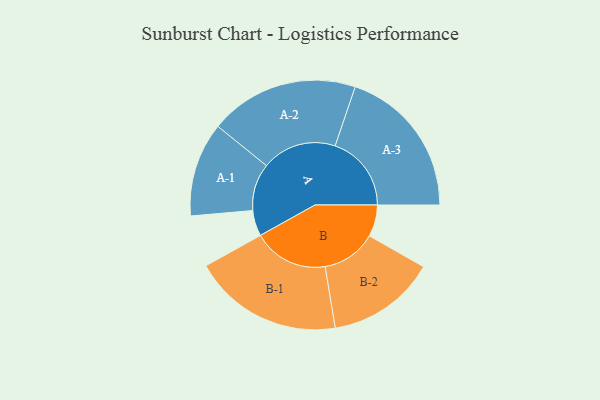
{"axis": {"x": "Segment", "y": "Value"}, "legend": ["", "A", "B"], "data": [{"x": "A", "y": 100, "type": ""}, {"x": "B", "y": 123, "type": ""}, {"x": "A-1", "y": 183, "type": "A"}, {"x": "A-2", "y": 290, "type": "A"}, {"x": "A-3", "y": 296, "type": "A"}, {"x": "B-1", "y": 292, "type": "B"}, {"x": "B-2", "y": 212, "type": "B"}]}